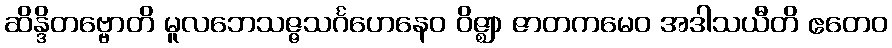
ဆိန္ဒိတဗ္ဗောတိ မူလဘေသဇ္ဇသင်္ဂဟေနေဝ ဝိဇ္ဈာ ဇာတကမေဝ အဒါသယီတိ ဧတေဝ